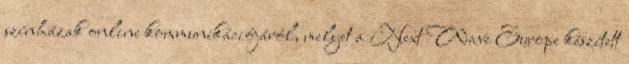
színházak online kommunikációjáról, melyet a Next Wave Europe készített